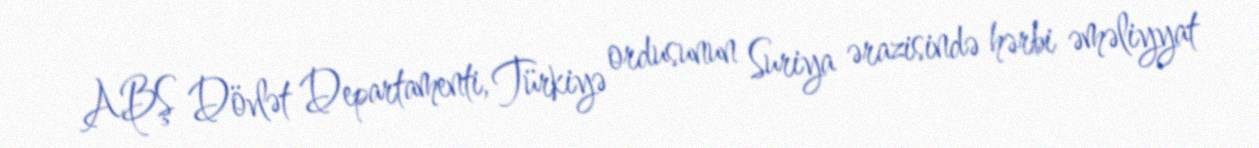
ABŞ Dövlət Departamenti, Türkiyə ordusunun Suriya ərazisində hərbi əməliyyat